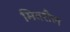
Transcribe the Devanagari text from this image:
मितरौल